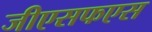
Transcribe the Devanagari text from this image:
जीएसफएस